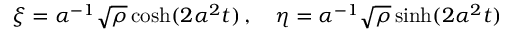
\xi = \alpha ^ { - 1 } \sqrt { \rho } \cosh ( 2 \alpha ^ { 2 } t ) \, , \quad \eta = \alpha ^ { - 1 } \sqrt { \rho } \sinh ( 2 \alpha ^ { 2 } t )